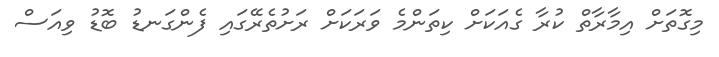
މިގޮތަށް އިމާރާތް ކުރާ ގެއަކަށް ކިތަންމެ ވަރަކަށް ރަށުތެރޭގައި ފެންގަނޑު ބޮޑު ވިއަސް